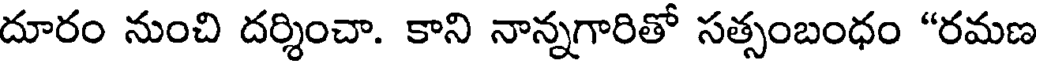
దూరం నుంచి దర్శించా. కాని నాన్నగారితో సత్సంబంధం "రమణ